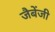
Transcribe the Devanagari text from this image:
जैबेंजी